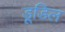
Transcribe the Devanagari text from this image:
डूडिल